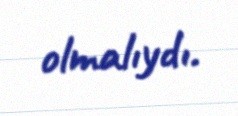
olmalıydı.